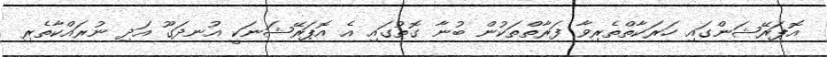
އޮޕަރޭޝަންގައި ހަރަކާތްތެރިވާ ފަރާތްތަކުން ބުނާ ގޮތުގައި އެ އޮޕަރޭޝަނަކީ އުނދަގޫ އަދި ނުރައްކާތެރި